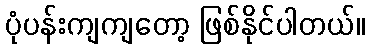
ပုံပန်းကျကျတော့ ဖြစ်နိုင်ပါတယ်။